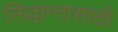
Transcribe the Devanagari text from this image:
सिद्धान्तासाठी